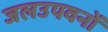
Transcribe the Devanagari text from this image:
जलउपवनों